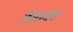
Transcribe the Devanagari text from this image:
पिरहास